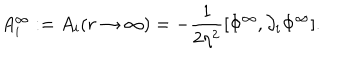
A _ { i } ^ { \infty } : = A _ { i } ( r \rightarrow \infty ) = - \frac { 1 } { 2 \eta ^ { 2 } } [ \Phi ^ { \infty } , \partial _ { i } \Phi ^ { \infty } ] .